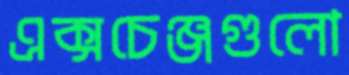
এক্সচেঞ্জগুলো